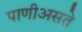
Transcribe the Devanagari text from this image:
पाणीअसते